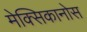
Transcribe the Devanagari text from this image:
मेक्सिकानोस